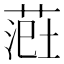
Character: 𫈲